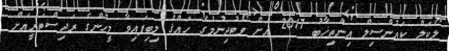
ލޯކަލް ކައުންސިލް އިންތިޚާބު 2017 އަށް ވޯޓުދިނުމުގެ ހައްޤު ލިބިފައިވާ މީހުންގެ ރަޖިސްޓަރީއަށް